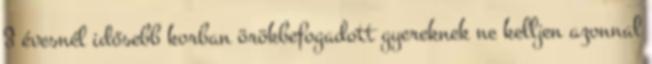
3 évesnél idősebb korban örökbefogadott gyereknek ne kelljen azonnal